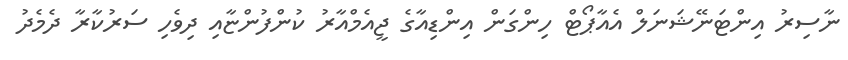
ނާސިރު އިންޓަނޭޝަނަލް އެއާޕޯޓް ހިންގަން އިންޑިއާގެ ޖީއެމްއާރު ކުންފުންޏާއި ދިވެހި ސަރުކާރާ ދެމެދު